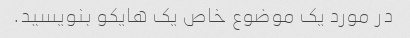
در مورد یک موضوع خاص یک هایکو بنویسید.